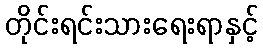
တိုင်းရင်းသားရေးရာနှင့်